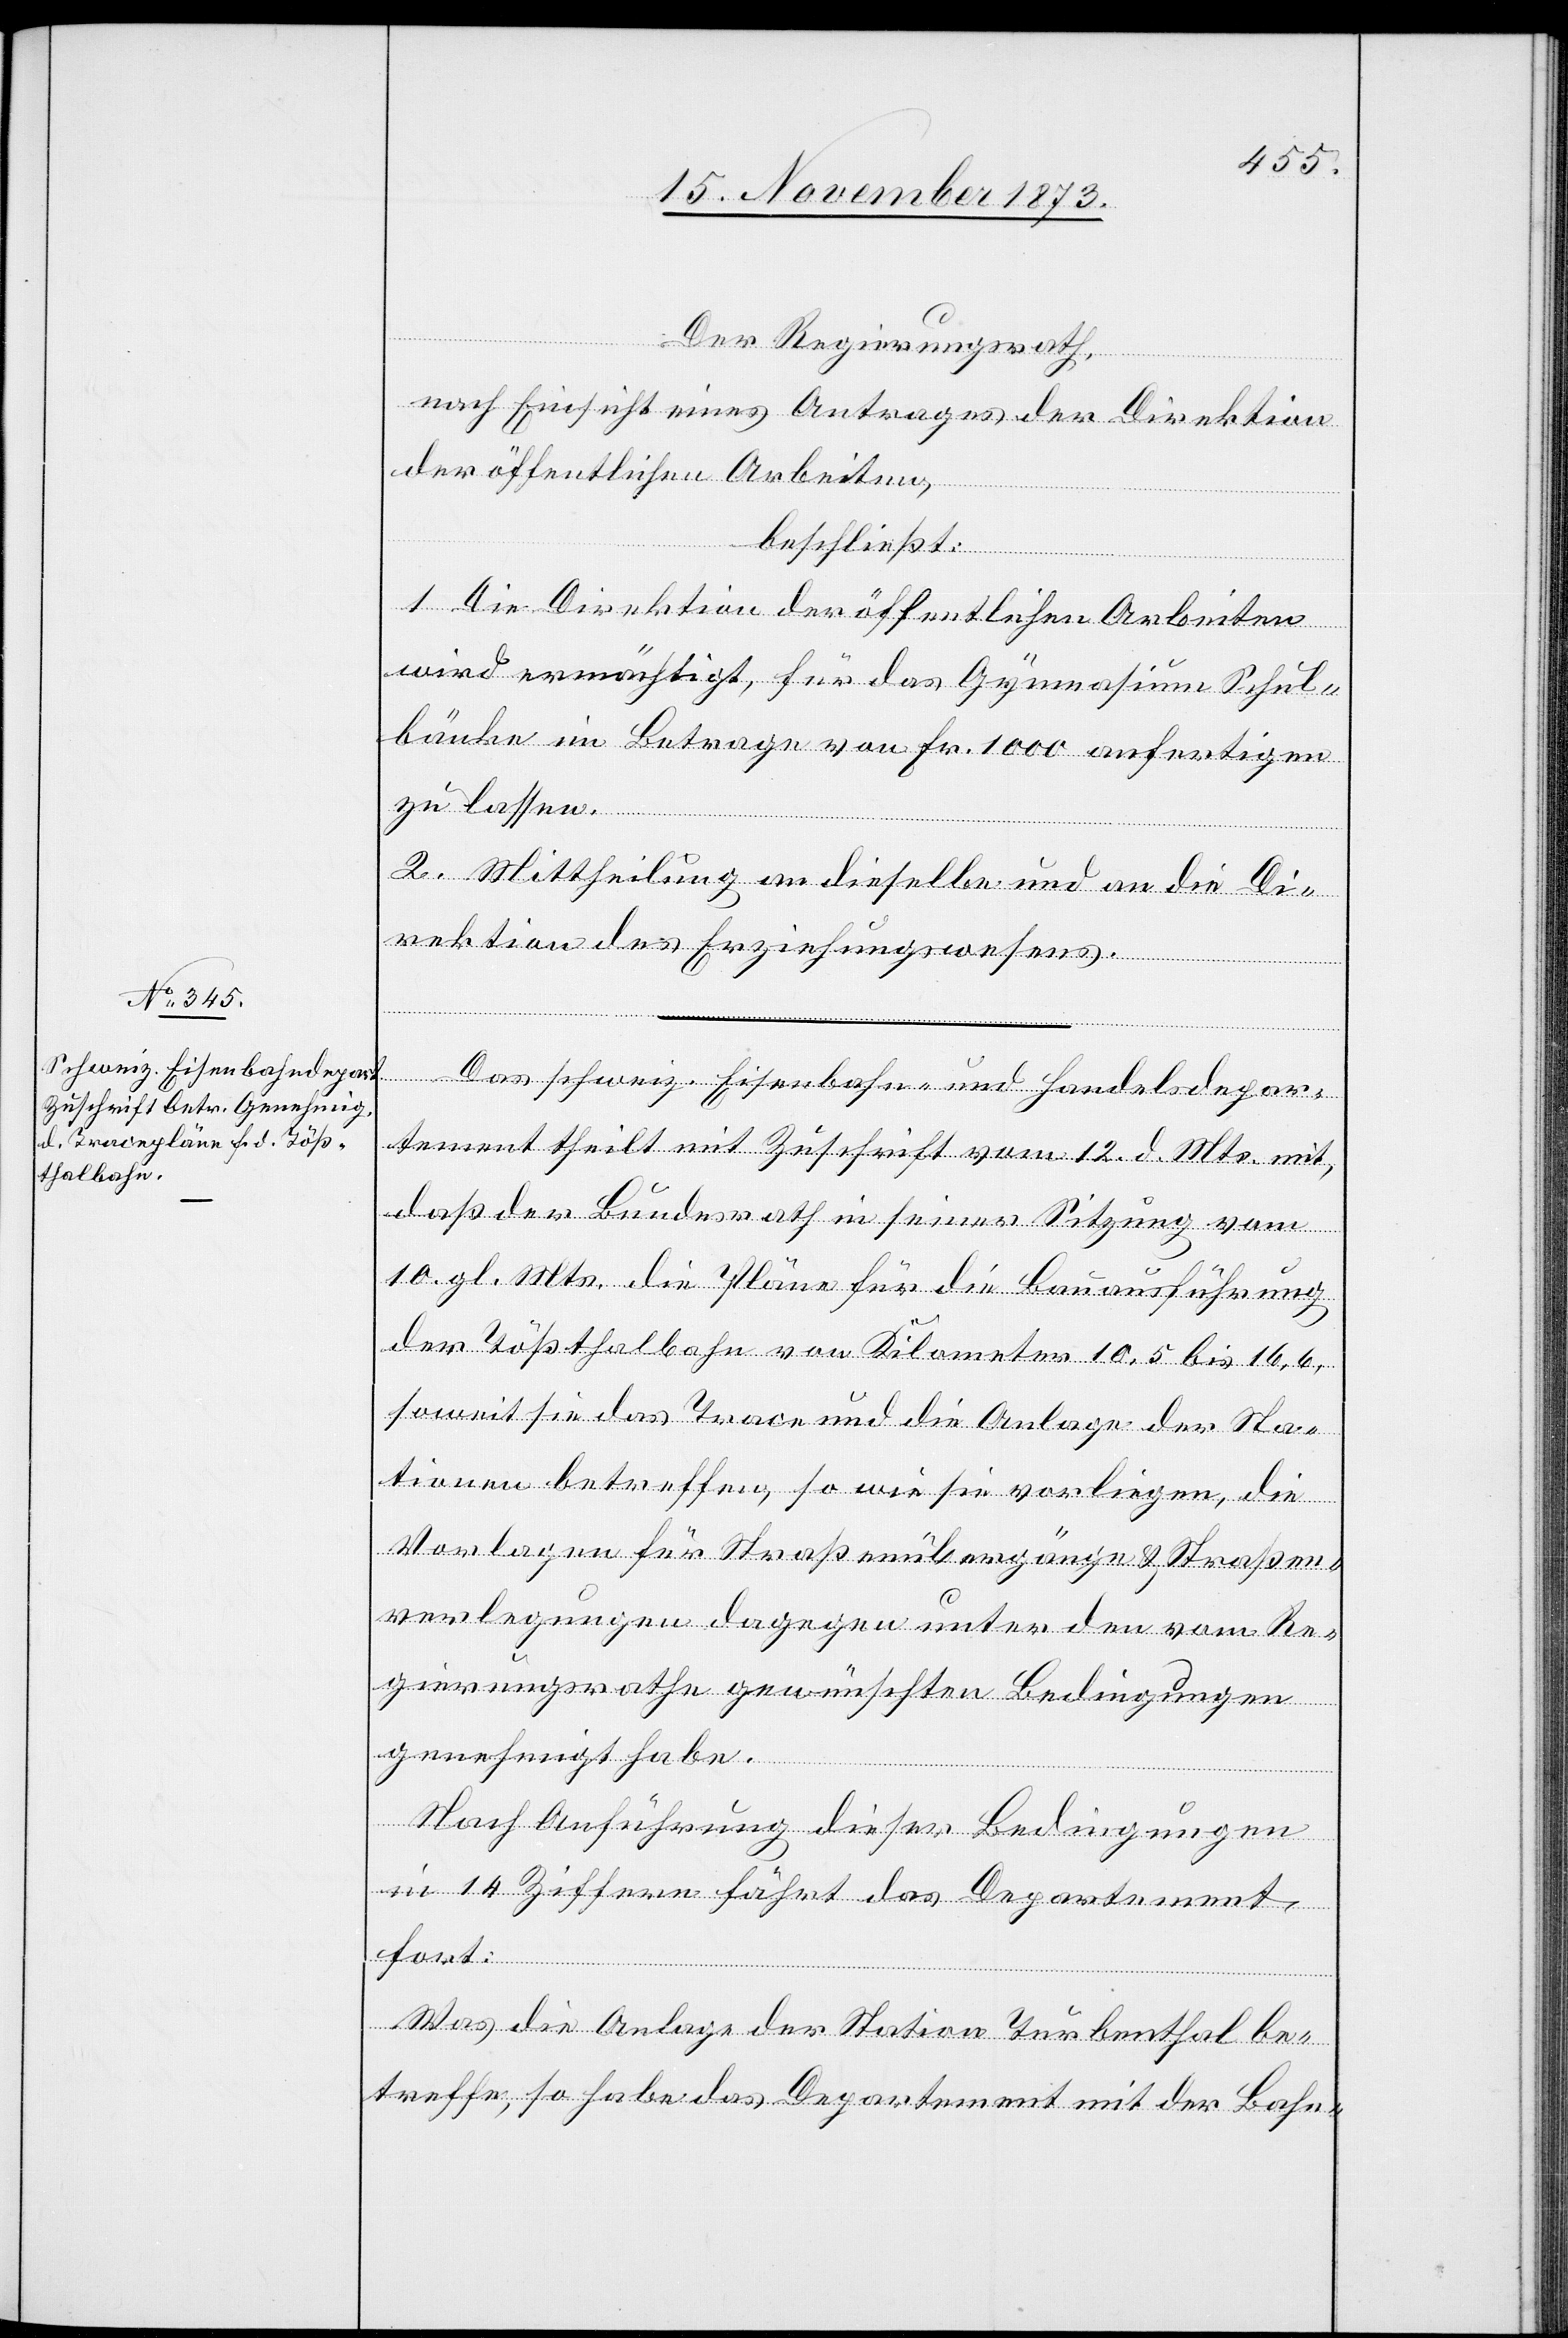
Der Regierungsrath,
nach Einsicht eines Antrages der Direktion
der öffentlichen Arbeiten,
beschließt:
1. Die Direktion der öffentlichen Arbeiten
wird ermächtigt, für das Gymnasium Schul¬
bänke im Betrage von Fr. 1 000 anfertigen
zu lassen.
depar¬
2. Mittheilung an dieselbe und an die Di¬
rektion des Erziehungswesens.
tement theilt mit Zuschrift vom 12. d. Mts. mit,
daß der Bundesrath in seiner Sitzung vom
10. gl. Mts. die Pläne für die Bauausführung
der Tößthalbahn von Kilometer 10,5 bis 10,6,
soweit sie das Trace und die Anlage der Sta¬
tionen betreffen, so wie sie vorliegen, die
Vorlagen für Straßenübergänge & Straßen¬
verlegungen dagegen unter den vom Re¬
gierungsrathe gewünschten Bedingungen
genehmigt habe.
Nach Anführung dieser Bedingungen
in 14 Ziffern fährt das Departement
fort:
und
Was die Anlage der Station Turbenthal be¬
treffe, so habe das Departement mit der Bahn-